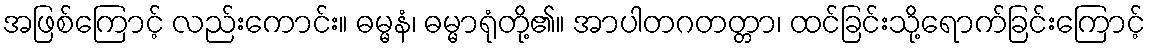
အဖြစ်ကြောင့် လည်းကောင်း။ ဓမ္မနံ၊ ဓမ္မာရုံတို့၏။ အာပါတဂတတ္တာ၊ ထင်ခြင်းသို့ရောက်ခြင်းကြောင့်